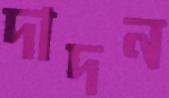
দাদন